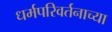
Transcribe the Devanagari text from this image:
धर्मपरिवर्तनाच्या